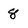
Character: 8